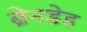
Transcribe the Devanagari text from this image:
ब्रेनडेड